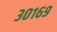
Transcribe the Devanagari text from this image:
३०१६९